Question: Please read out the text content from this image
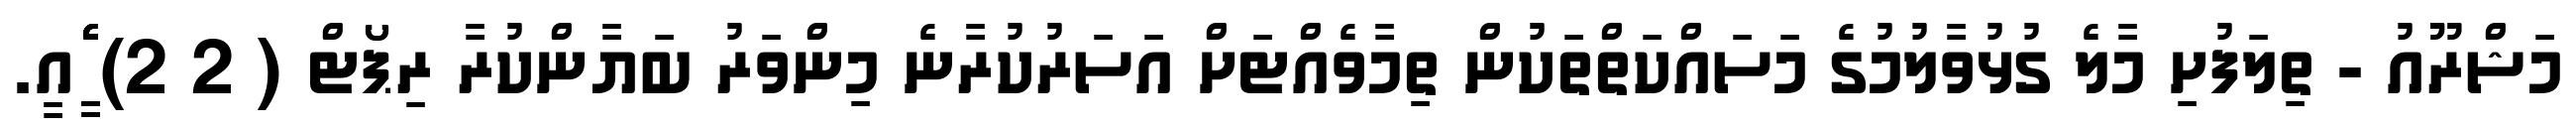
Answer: މަޝްރޫއު - ތިލަފުށި މާލެ ގުޅުވާލުމުގެ މަސައްކަތްތަކުން ތިމާވެއްޓަށް އަސަރުކުރާނެ މިންވަރު ބަޔާންކުރާ ރިޕޯޓް ( 2 2) ެީެީެެއީ.